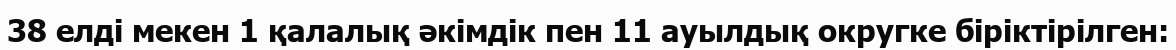
38 елді мекен 1 қалалық әкімдік пен 11 ауылдық округке біріктірілген: